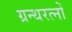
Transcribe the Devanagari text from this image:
ग्रन्थरत्नों